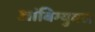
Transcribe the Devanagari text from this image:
आंबिग्युवस